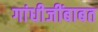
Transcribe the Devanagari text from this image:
गांधीजींबाबत